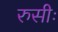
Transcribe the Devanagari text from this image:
रुसीः